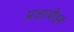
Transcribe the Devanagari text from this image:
प्रजापीड़क